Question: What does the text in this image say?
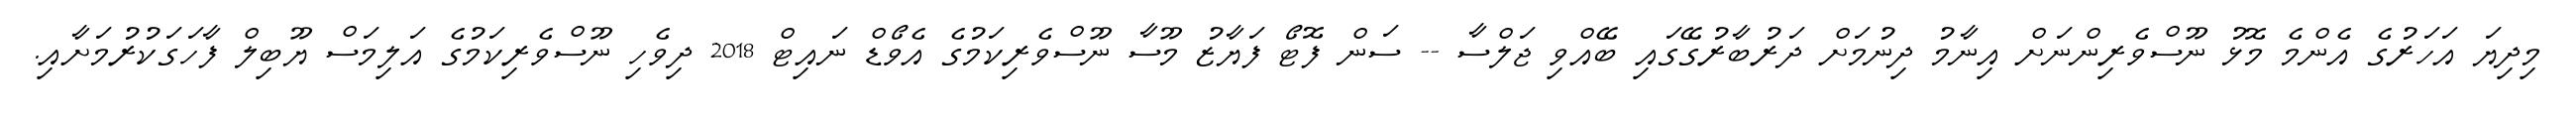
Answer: މިދިޔަ އަހަރުގެ އެންމެ މޮޅު ނޫސްވެރިންނަށް އިނާމު ދިނުމަށް ދަރުބާރުގޭގައި ބޭއްވި ޖަލްސާ -- ސަން ފޮޓޯ ފަޔާޒު މޫސާ ނޫސްވެރިކަމުގެ އެވޯޑް ނައިޓް 2018 ދިވެހި ނޫސްވެރިކަމުގެ އަލިމަސް ޔޫބިލް ފާހަގަކުރުމަށާއި.